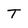
Character: T